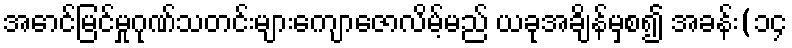
အောင်မြင်မှုဂုဏ်သတင်းများကျောဇောလိမ့်မည် ယခုအချိန်မှစ၍ အခန်း(၁၄